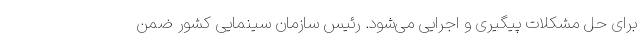
برای حل مشکلات پیگیری و اجرایی می‌شود. رئیس سازمان سینمایی کشور ضمن